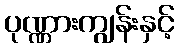
ပုဏ္ဏားကျွန်းနှင့်